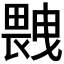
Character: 𤲼